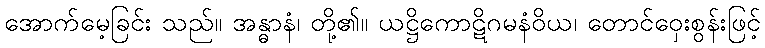
အောက်မေ့ခြင်း သည်။ အန္ဓာနံ၊ တို့၏။ ယဋ္ဌိကောဋိဂမနံဝိယ၊ တောင်ဝှေးစွန်းဖြင့်